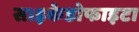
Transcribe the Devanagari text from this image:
साइकेडोफाइटा